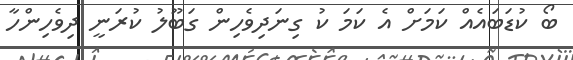
ބޯ ކުޑަބައެއް ކަމަށް އެ ކަމަ ކު ގިނަދިވެހިން ގަބޫލު ކުރަނީ ދިވެހިންހާ